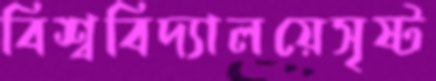
বিশ্ববিদ্যালয়েসৃষ্ট